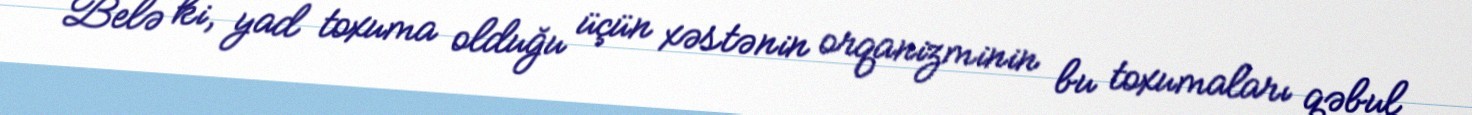
Belə ki, yad toxuma olduğu üçün xəstənin orqanizminin bu toxumaları qəbul